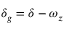
\delta _ { g } = \delta - \omega _ { z }